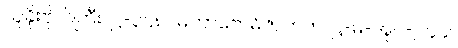
သူခိုးဗိုလ်ကြီး၊ ဋ္ဌ-၃၄၈။ မဟာဗောဓိဇာတက၊ ဋ္ဌ-မ-အုပ်-၂၄၄။